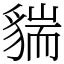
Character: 貒